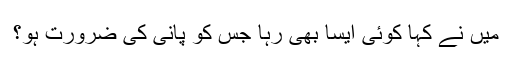
میں نے کہا کوئی ایسا بھی رہا جس کو پانی کی ضرورت ہو؟